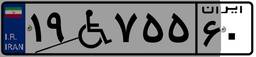
۱۹W۷۵۵۶۰